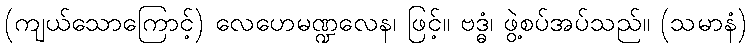
(ကျယ်သောကြောင့်) လေဟေမဏ္ဍလေန၊ ဖြင့်။ ဗဒ္ဓံ၊ ဖွဲ့စပ်အပ်သည်။ (သမာနံ)